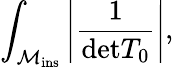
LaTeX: \int_{{\cal M}_{\mathrm{ins}}}\left\vert\frac{1}{\mathrm{det}T_{0}}\right\vert,